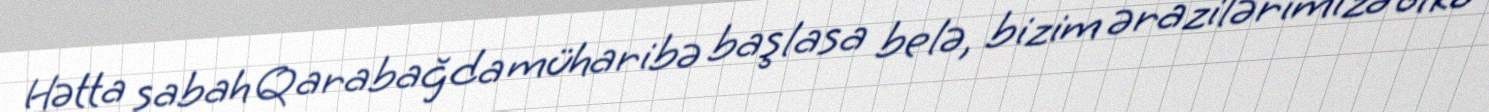
Hətta sabah Qarabağda müharibə başlasa belə, bizim ərazilərimizə ölkə